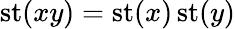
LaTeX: \operatorname{st}(xy)=\operatorname{st}(x)\operatorname{st}(y)